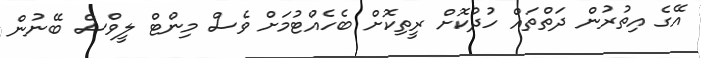
އޭގެ އިތުރުން ދަތްތައް ހުދުކޮށް ރީތިކޮށް ބެހެއްޓުމަށް ވެސް މިންޓް ލީވްސް ބޭނުން